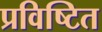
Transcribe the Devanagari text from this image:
प्रविष्टित